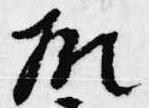
願